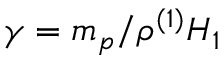
\gamma = m _ { p } / \rho ^ { ( 1 ) } H _ { 1 }